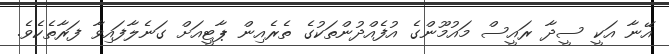
އޭނާ އަކީ ސީދާ ރައީސް މައުމޫންގެ އުފެއްދުންތަކުގެ ތެރެއިން ޕާޓީއަށް ގަނެލާފައިވާ ފަރާތެކެވެ.